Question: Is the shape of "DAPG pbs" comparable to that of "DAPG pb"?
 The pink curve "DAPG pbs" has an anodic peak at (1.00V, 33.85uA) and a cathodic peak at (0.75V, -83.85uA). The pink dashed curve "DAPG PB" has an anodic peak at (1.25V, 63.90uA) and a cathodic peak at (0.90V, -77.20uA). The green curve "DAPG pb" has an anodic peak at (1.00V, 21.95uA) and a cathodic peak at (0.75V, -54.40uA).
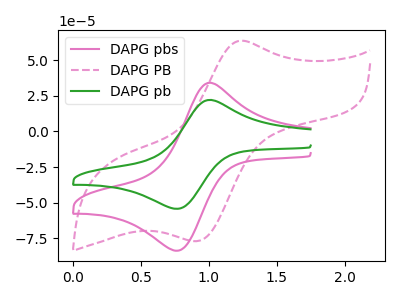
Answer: <think>All the peaks in "DAPG pbs" have a peak in "DAPG pb" at the same potential. Every peak in "DAPG pbs" is higher than every peak in "DAPG pb".
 </think>
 <answer>"DAPG pbs" and "DAPG pb" are similar in shape.</answer>
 <eval>same_shape</eval>